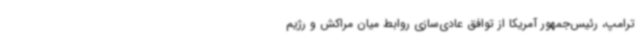
ترامپ، رئیس‌جمهور آمریکا از توافق عادی‌سازی روابط میان مراکش و رژیم